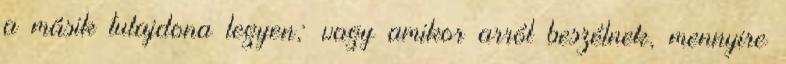
a másik tulajdona legyen; vagy amikor arról beszélnek, mennyire